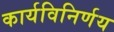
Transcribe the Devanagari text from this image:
कार्यविनिर्णय